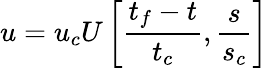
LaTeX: u=u_{c}U\left[\frac{t_{f}-t}{t_{c}},\frac{s}{s_{c}}\right]